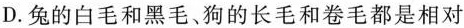
D.兔的白毛和黑毛、狗的长毛和卷毛都是相对